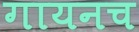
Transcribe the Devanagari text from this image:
गायनच